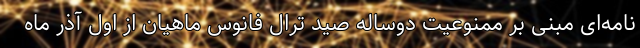
نامه‌ای مبنی بر ممنوعیت دوساله صید ترال فانوس ماهیان از اول آذر ماه